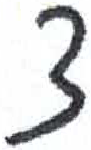
אות: צ